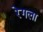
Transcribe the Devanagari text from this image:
रेगला